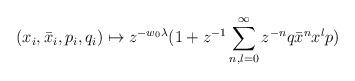
LaTeX: \begin{align*}(x_{i},\bar{x}_{i},p_{i},q_{i}) \mapsto z^{-w_{0}\lambda}(1 + z^{-1}\sum\limits_{n,l =0}^{\infty}z^{-n}q\bar{x}^{n}x^{l}p)\end{align*}